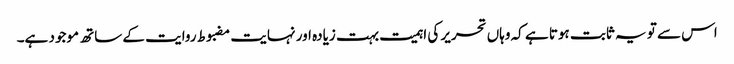
اس سے تو یہ ثابت ہوتا ہے کہ وہاں تحریر کی اہمیت بہت زیادہ اور نہایت مضبوط روایت کے ساتھ موجود ہے۔